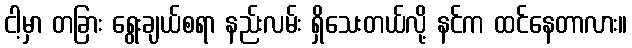
ငါ့မှာ တခြား ရွေးချယ်စရာ နည်းလမ်း ရှိသေးတယ်လို့ နင်က ထင်နေတာလား။